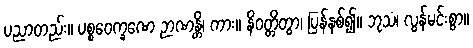
ပညာတည်း။ ပစ္စဝေက္ခဏေ ဉာဏန္တိ၊ ကား။ နိဝတ္တိတွာ၊ ပြန်နစ်၍။ ဘုသံ၊ လွန်မင်းစွာ။